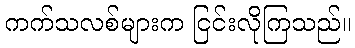
ကက်သလစ်များက ငြင်းလိုကြသည်။